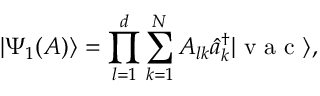
| \Psi _ { 1 } ( A ) \rangle = \prod _ { l = 1 } ^ { d } \sum _ { k = 1 } ^ { N } A _ { l k } \hat { a } _ { k } ^ { \dagger } | \textrm { v a c } \rangle ,